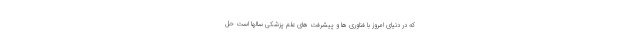
که در دنیای امروز با فناوری ها و پیشرفت های علم پزشکی سالها است حل